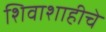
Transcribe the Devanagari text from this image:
शिवाशाहीचे